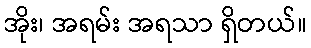
အိုး၊ အရမ်း အရသာ ရှိတယ်။